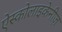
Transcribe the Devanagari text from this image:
ऐस्कोलाइकेनीज़